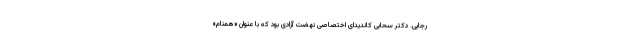
رجایی. دکتر سحابی کاندیدای اختصاصی نهضت آزادی بود که با عنوان «همنام»